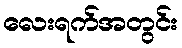
လေးရက်အတွင်း